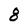
Character: 8